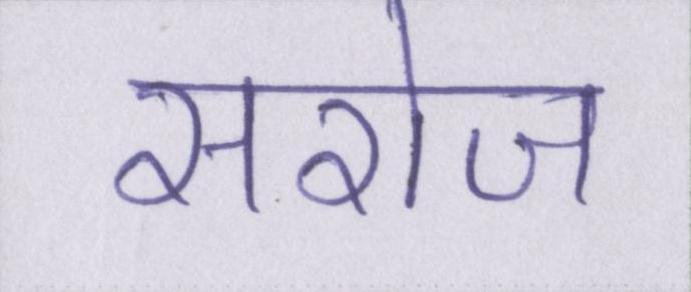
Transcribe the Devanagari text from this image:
सरोज